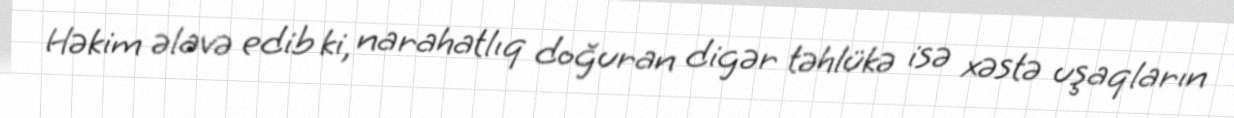
Həkim əlavə edib ki, narahatlıq doğuran digər təhlükə isə xəstə uşaqların